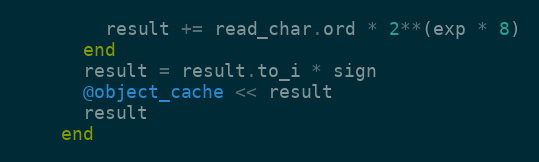
Language: Ruby
        result += read_char.ord * 2**(exp * 8)
      end
      result = result.to_i * sign
      @object_cache << result
      result
    end